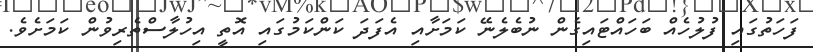
ފަހަތުގައި ފުލުހެއް ބަހައްޓައިގެން ނުބެލެނޭ ކަމަށާއި އެފަދަ ކަންކަމުގައި އޮތީ އިހުލާސްތެރިވުން ކަމަށެވެ.